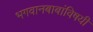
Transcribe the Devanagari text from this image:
भगवानबाबांविषयी